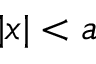
| x | < a